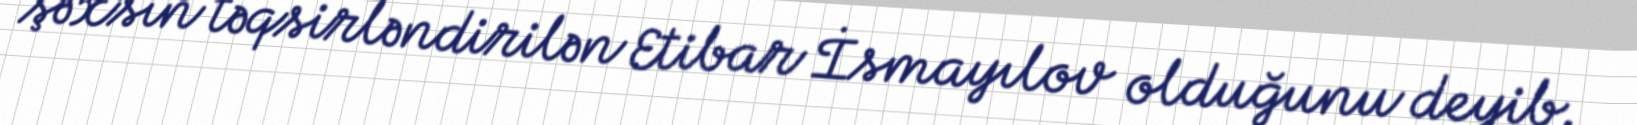
şəxsin təqsirləndirilən Etibar İsmayılov olduğunu deyib.